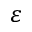
\varepsilon